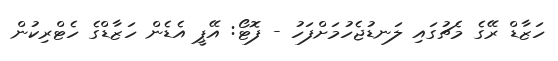
ހަޒާޑް ރޭގެ މެޗުގައި ލަނޑުޖެހުމަށްފަހު - ފޮޓޯ: އޭޕީ އެޑެން ހަޒާޑްގެ ހެޓްރިކުން